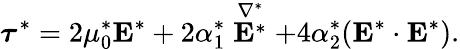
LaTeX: \boldsymbol{\tau}^{*}=2\mu_{0}^{*}\boldsymbol{\mathrm{E}}^{*}+2\alpha_{1}^{*}\stackrel{\nabla^{*}}{\boldsymbol{\mathrm{E}}^{*}}+4\alpha_{2}^{*}(\boldsymbol{\mathrm{E}}^{*}\cdot\boldsymbol{\mathrm{E}}^{*}).